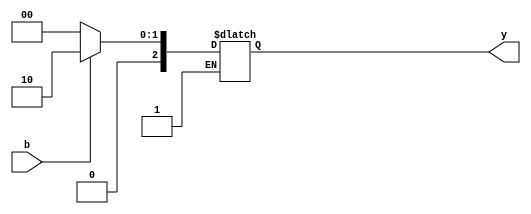
module dc1(b,y);
input b;
output [2:0]y;

reg [2:0]y;

always @(*)
begin
if(~b)   y=3'b000;
else if(b)  y=3'b010;
end

endmodule